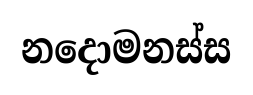
නදොමනස්ස